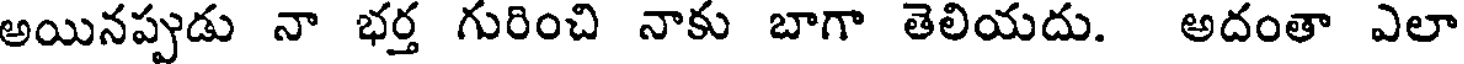
అయినప్పుడు నా భర్త గురించి నాకు బాగా తెలియదు. అదంతా ఎలా